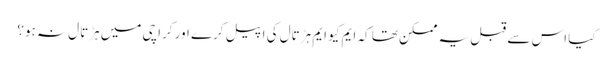
کیا اس سے قبل یہ ممکن تھا کہ ایم کیو ایم ہڑتال کی اپیل کرے اور کراچی میں ہڑتال نہ ہو؟